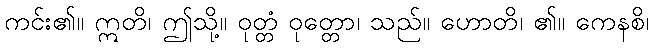
ကင်း၏။ ဣတိ၊ ဤသို့။ ဝုတ္တံ ဝုတ္တော၊ သည်။ ဟောတိ၊ ၏။ ကေနစိ၊